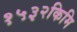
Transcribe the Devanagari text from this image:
१५३२किमि